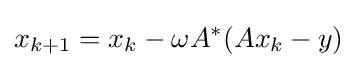
x_{k+1}=x_{k}-\omega A^{*}(Ax_{k}-y)